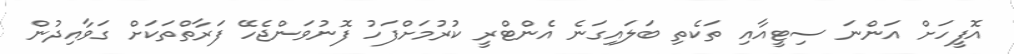
އޮފީހަށް އަންނަ ސިޓީއާއި ތަކެތި ބަލައިގަނެ އެންޓްރީ ކުރުމަށްފަހު ފޮނުވަންޖެހޭ ފަރާތްތަކަށް ގަވާއިދުން